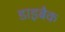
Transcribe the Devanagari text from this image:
डाइबैक